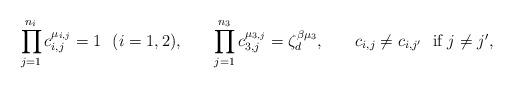
LaTeX: \begin{align*} \prod_{j=1}^{n_i}c_{i,j}^{\mu_{i,j}}=1 \ \ (i=1,2), & &\prod_{j=1}^{n_3}c_{3,j}^{\mu_{3,j}}=\zeta_d^{\beta\mu_3}, &&c_{i,j}\ne c_{i,j'} \ \mbox{ if $j\ne j'$}, \end{align*}